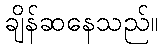
ချိန်ဆနေသည်။